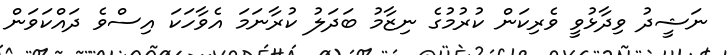
ނަޝީދު ވިދާޅުވީ ވެރިކަން ކުރުމުގެ ނިޒާމު ބަދަލު ކުރާނަމަ އެވާހަކަ އިސްވެ ދައްކަވަން